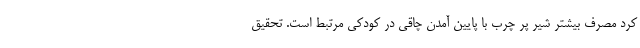
کرد مصرف بیشتر شیر پر چرب با پایین آمدن چاقی در کودکی مرتبط است. تحقیق